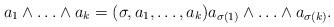
LaTeX: \begin{align*} a_1\wedge\ldots\wedge a_k = (\sigma, a_1, \ldots,a_k)a_{\sigma(1)}\wedge\ldots\wedge a_{\sigma(k)}.\end{align*}